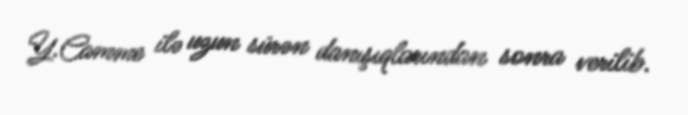
Y.Camme ilə uzun sürən danışıqlarından sonra verilib.